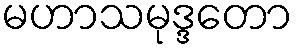
မဟာသမုဒ္ဒတော